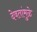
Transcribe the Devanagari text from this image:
देवतांमुळे